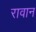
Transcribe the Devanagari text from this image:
रावान